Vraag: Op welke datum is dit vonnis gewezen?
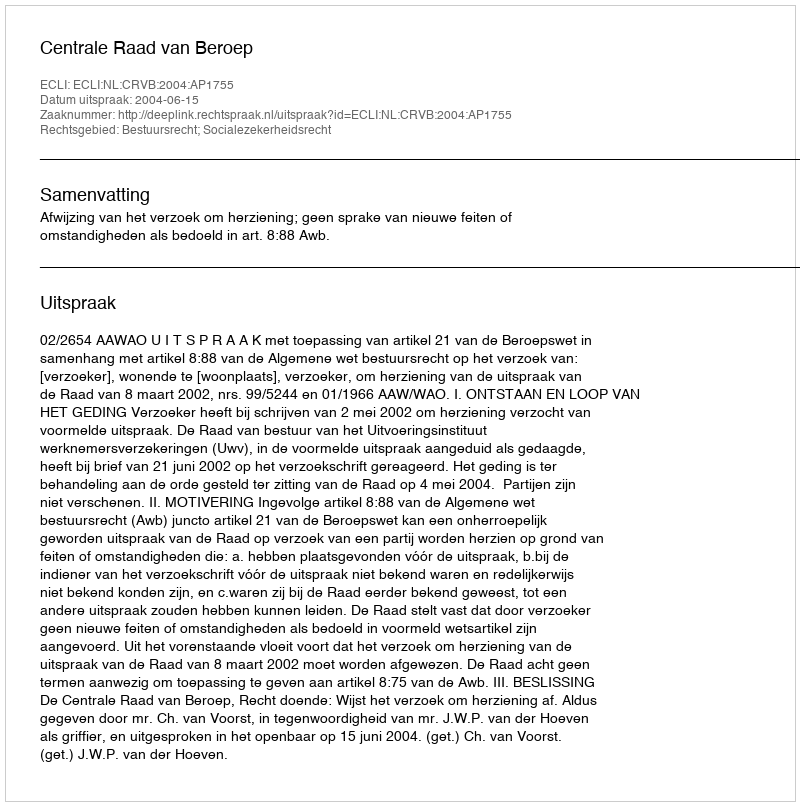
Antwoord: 2004-06-15